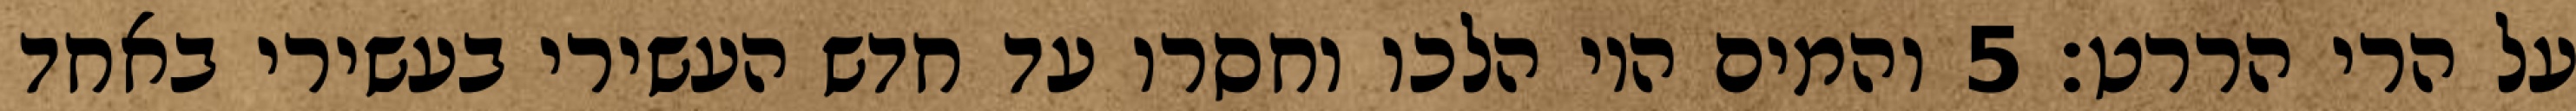
על הרי הררט׃ ‎5‏ והמים היו הלכו וחסרו עד חדש העשירי בעשירי באחד